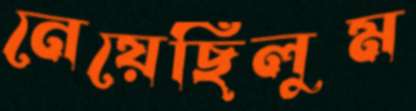
নেয়েছিলুম